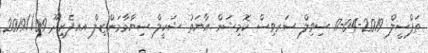
ތަފްސީލް 2019-04-17 ސިވިލް ސަރވިސް ކޮމިޝަން އާޔަތު ޝަކީލް ސިޔާމާމަންޒިލް އއ.ފެރިދޫ 09//2019